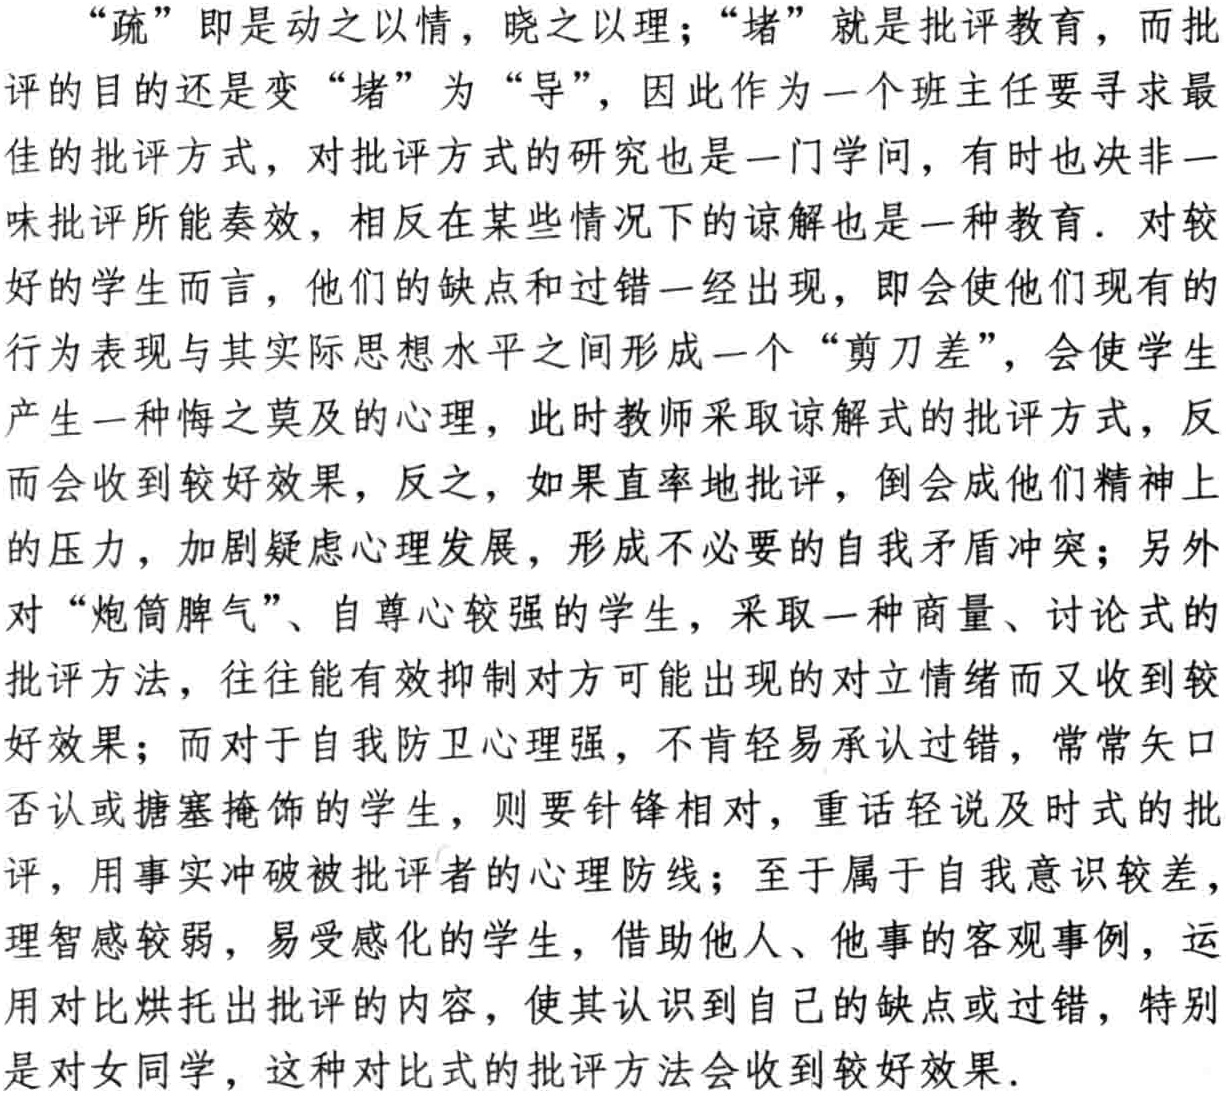
“疏” 即是动之以情，晓之以理；“堵” 就是批评教育，而批

评的目的还是变 “堵” 为 “导”，因此作为一个班主任要寻求最

佳的批评方式，对批评方式的研究也是一门学问，有时也决非一

味批评所能奏效，相反在某些情况下的谅解也是一种教育. 对较

好的学生而言，他们的缺点和过错一经出现，即会使他们现有的

行为表现与其实际思想水平之间形成一个 “剪刀差”，会使学生

产生一种悔之莫及的心理，此时教师采取谅解式的批评方式，反

而会收到较好效果，反之，如果直率地批评，倒会成他们精神上

的压力，加剧疑虑心理发展，形成不必要的自我矛盾冲突；另外

对 “炮筒脾气”、自尊心较强的学生，采取一种商量、讨论式的

批评方法，往往能有效抑制对方可能出现的对立情绪而又收到较

好效果；而对于自我防卫心理强，不肯轻易承认过错，常常矢口

否认或搪塞掩饰的学生，则要针锋相对，重话轻说及时式的批

评，用事实冲破被批评者的心理防线；至于属于自我意识较差，

理智感较弱，易受感化的学生，借助他人、他事的客观事例，运

用对比烘托出批评的内容，使其认识到自己的缺点或过错，特别

是对女同学，这种对比式的批评方法会收到较好效果.